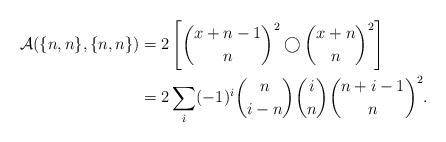
LaTeX: \begin{align*} \mathcal{A}(\{n, n\}, \{n, n\}) &= 2\left[\binom{x + n - 1}{n}^2 \bigcirc \binom{x + n}{n}^2\right]\\ &= 2\sum_i (-1)^i\binom{n}{i - n}\binom{i}{n}\binom{n + i - 1}{n}^2. \end{align*}